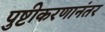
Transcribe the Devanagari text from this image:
पुष्टीकरणानंतर